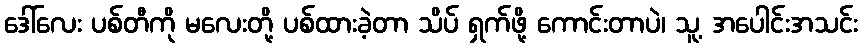
ဒေါ်လေး ပစ်တီကို မလေးတို့ ပစ်ထားခဲ့တာ သိပ် ရှက်ဖို့ ကောင်းတာပဲ၊ သူ့ အပေါင်းအသင်း